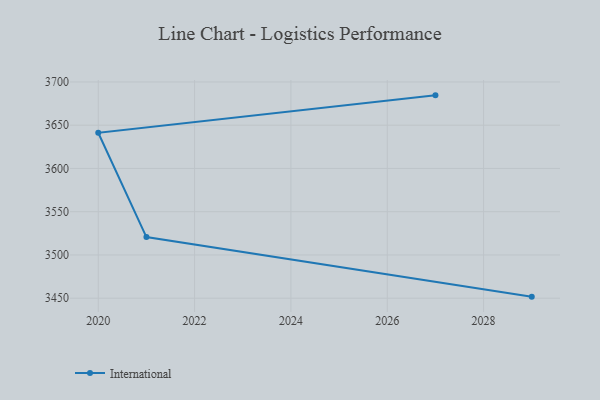
{"axis": {"x": "Year", "y": "LTV (USD)"}, "legend": ["International"], "data": [{"x": "2029", "y": 3451.8, "type": "International"}, {"x": "2021", "y": 3520.7, "type": "International"}, {"x": "2020", "y": 3641.3, "type": "International"}, {"x": "2027", "y": 3684.5, "type": "International"}]}